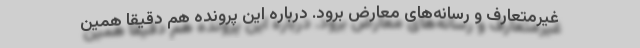
غیرمتعارف و رسانه‌های معارض برود. درباره این پرونده هم دقیقا همین